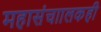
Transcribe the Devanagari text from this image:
महासंचाालकही